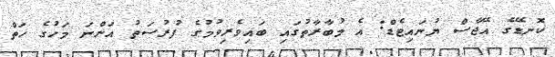
ކޮނޑޭގެ އޭޖާސް ޔުނައިޓެޑް: އެ މުބާރާތުގައި ބައިވެރިވުމުގެ ފުރުސަތު އަންނަ މަހުގެ ހަތް